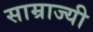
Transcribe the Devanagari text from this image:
साम्राज्यी